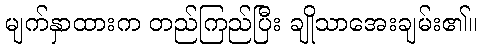
မျက်နှာထားက တည်ကြည်ပြီး ချိုသာအေးချမ်း၏။